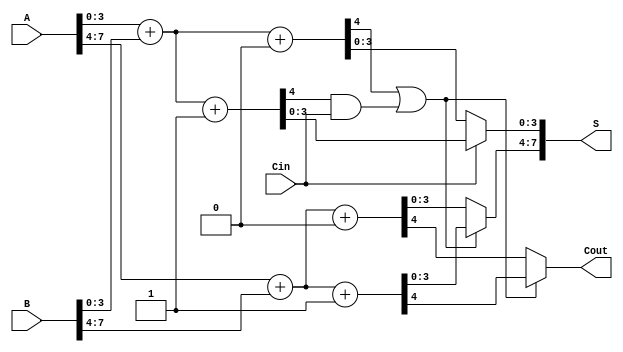
module CarrySelectAdder #(parameter N = 8, parameter M = 4)(
    input [N-1:0] A,
    input [N-1:0] B,
    input Cin,
    output [N-1:0] S,
    output Cout
);

    localparam K = N / M;  // Number of segments
    wire [M-1:0] sum0 [0:K-1];  // Sums when carry-in = 0
    wire [M-1:0] sum1 [0:K-1];  // Sums when carry-in = 1
    wire [K-1:0] carry0;         // Carry-outs when carry-in = 0
    wire [K-1:0] carry1;         // Carry-outs when carry-in = 1
    wire [K-1:0] selected_sum;   // Selected sum based on carry
    wire [K-1:0] carry_in;       // Carry for each segment

    // Generate the sums and carries for each segment
    genvar i;
    generate
        for (i = 0; i < K; i = i + 1) begin : segment
            wire [M-1:0] A_seg = A[M*i +: M];  // Extract segment from A
            wire [M-1:0] B_seg = B[M*i +: M];  // Extract segment from B

            // Full adders for carry-in = 0
            assign {carry0[i], sum0[i]} = A_seg + B_seg + 0;

            // Full adders for carry-in = 1
            assign {carry1[i], sum1[i]} = A_seg + B_seg + 1;
        end
    endgenerate

    // Determine carry in for each segment
    assign carry_in[0] = Cin;  // First segment uses Cin directly

    generate
        for (i = 1; i < K; i = i + 1) begin : carry_select
            assign carry_in[i] = carry0[i-1] | (carry1[i-1] & carry_in[i-1]);
        end
    endgenerate

    // Select sums and carry-outs based on carry-in
    generate
        for (i = 0; i < K; i = i + 1) begin : sum_select
            assign S[M*i +: M] = (carry_in[i] == 0) ? sum0[i] : sum1[i];
            if (i == K-1) begin
                assign Cout = (carry_in[i] == 0) ? carry0[i] : carry1[i];
            end
        end
    endgenerate

endmodule